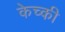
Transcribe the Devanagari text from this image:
केच्की